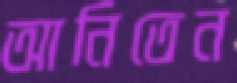
আনিতেন